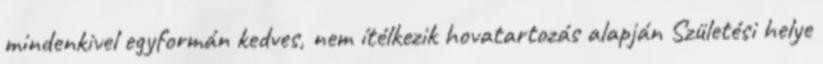
mindenkivel egyformán kedves, nem ítélkezik hovatartozás alapján Születési helye